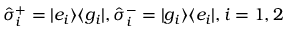
\hat { \sigma } _ { i } ^ { + } = | e _ { i } \rangle \langle g _ { i } | , \hat { \sigma } _ { i } ^ { - } = | g _ { i } \rangle \langle e _ { i } | , i = 1 , 2